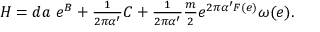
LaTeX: { \cal H } = d a \ e ^ { B } + { \textstyle \frac { 1 } { 2 \pi \alpha ^ { \prime } } } C + { \textstyle \frac { 1 } { 2 \pi \alpha ^ { \prime } } } { \textstyle \frac { m } { 2 } } e ^ { 2 \pi \alpha ^ { \prime } { \cal F } ( e ) } \omega ( e ) .